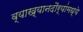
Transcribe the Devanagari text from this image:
व्याख्यानदौर्‍यांमध्ये